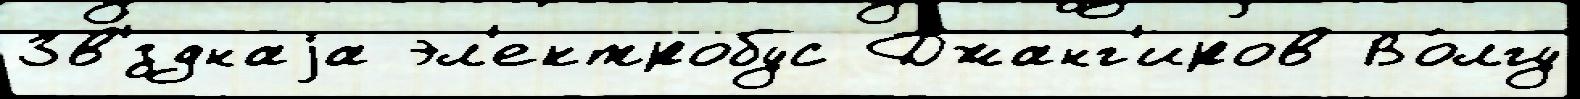
Зв'́зднаjа эл'ектробус Джанг'иров Во́лгу